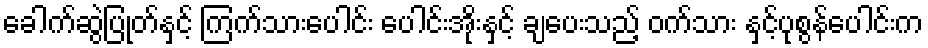
ခေါက်ဆွဲပြုတ်နှင့် ကြက်သားပေါင်း ပေါင်းအိုးနှင့် ချပေးသည့် ဝက်သား နှင့်ပုစွန်ပေါင်းက